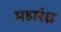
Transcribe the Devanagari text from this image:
महारंध्र